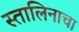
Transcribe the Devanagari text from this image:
स्तालिनाचा